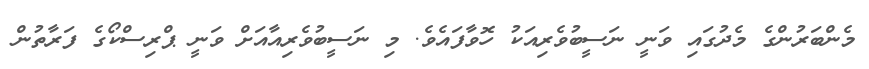
މެންބަރުންގެ މެދުގައި ވަނީ ނަސީބުވެރިއަކު ހޮވާފައެވެ. މި ނަސީބުވެރިއާއަށް ވަނީ ޕްރިސްކޯގެ ފަރާތުން